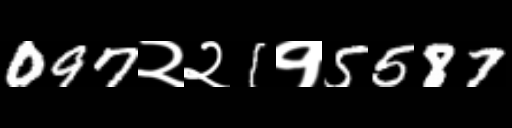
Text: 097२२1१5587